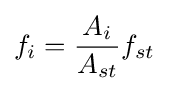
f_{i}={\frac {A_{i}}{A_{st}}}f_{st}